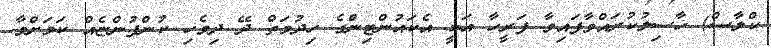
ކްލާސް) ހާސިލުކުރައްވާފައިވާ ފަރީހާ އަކީ އެކައުންޓިންގެ ހިދުމަތް ދޭ ދިވެހި ކުންފުންޏެއް ކަމަށްވާ